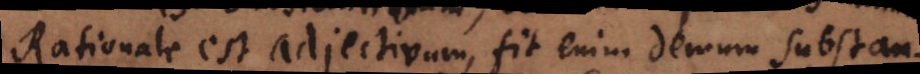
Rationale est adjectivum, fit enim demum substan